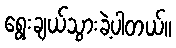
ရွေးချယ်သွားခဲ့ပါတယ်။